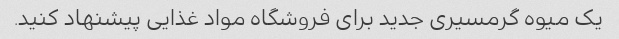
یک میوه گرمسیری جدید برای فروشگاه مواد غذایی پیشنهاد کنید.